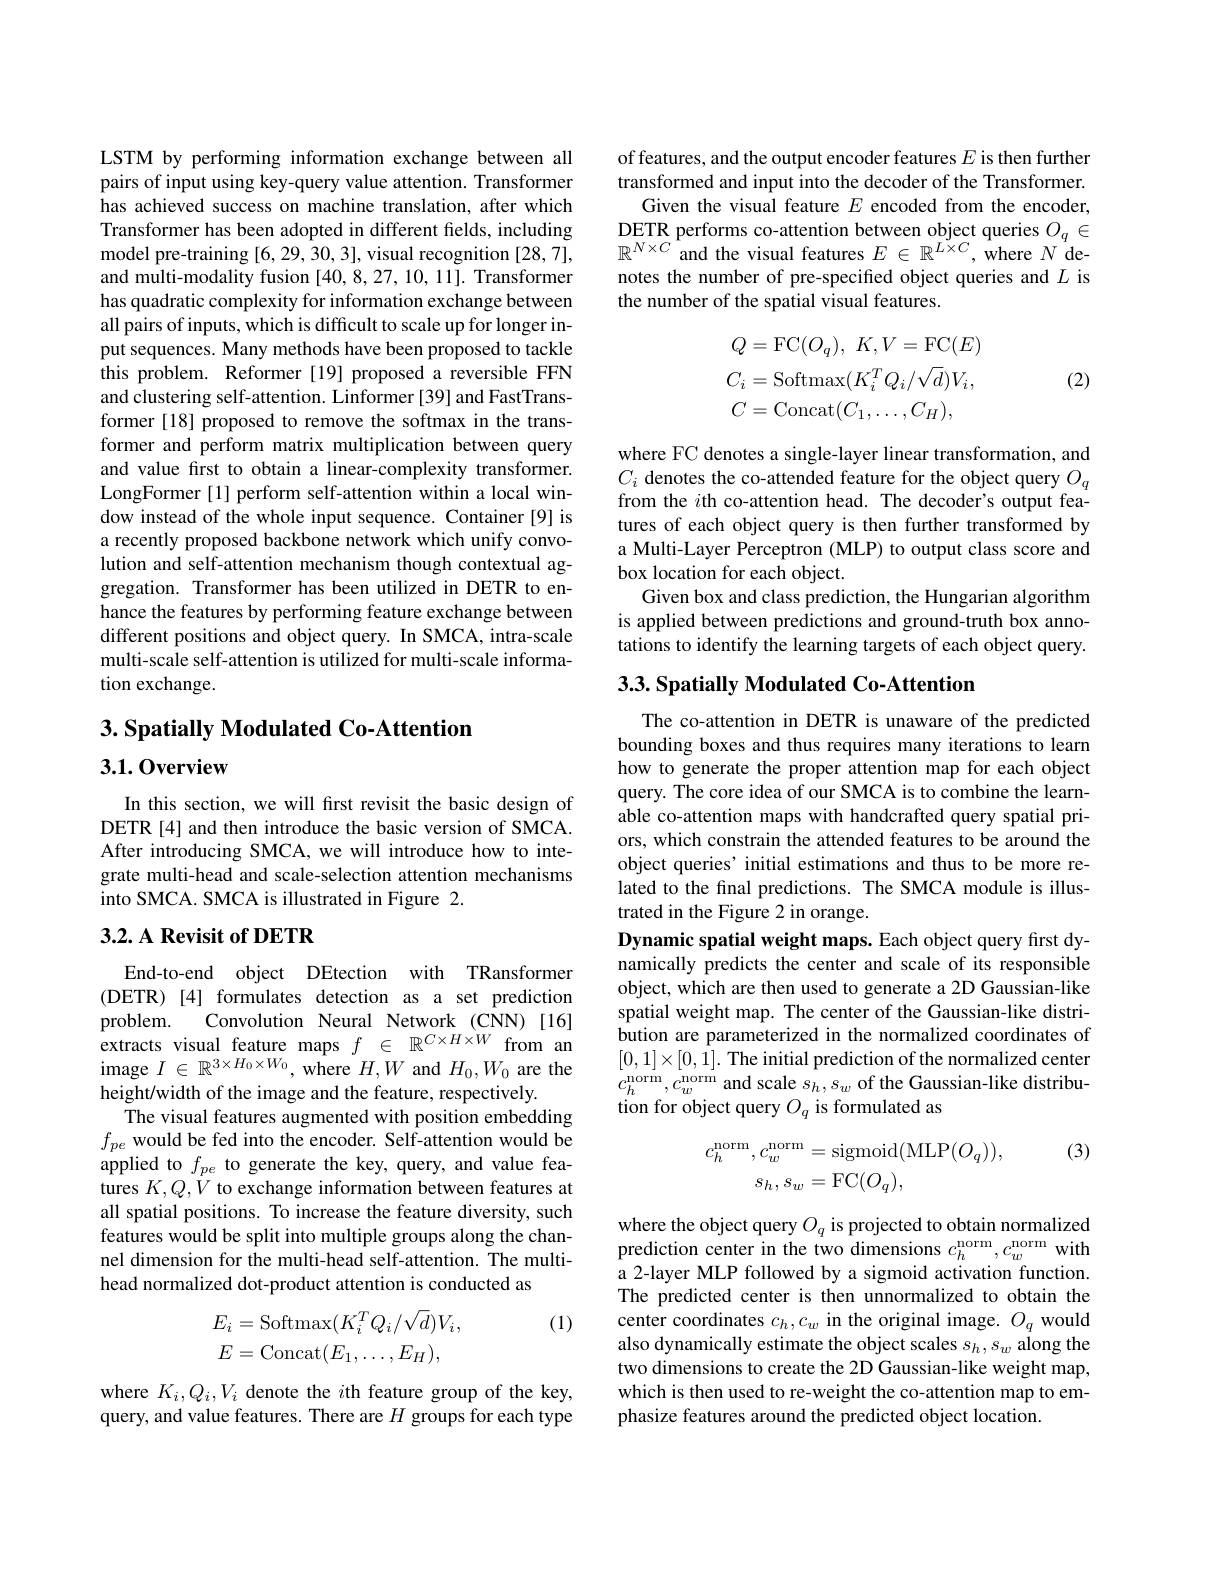
LSTM by performing information exchange between all pairs of input using key-query value attention. Transformer has achieved success on machine translation, after which Transformer has been adopted in different felds, including model pre-training [6,29,30,3], visual recognition [28,7], and multi-modality fusion [40,8,27,10,11]. Transformer has quadratic complexity for information exchange between all pairs of inputs, which is difficult to scale up for longer input sequences. Many methods have been proposed to tackle this problem. Reformer [19] proposed a reversible FFN and clustering self-attention. Linformer [39] and FastTransformer [18] proposed to remove the softmax in the transformer and perform matrix multiplication between query and value first to obtain a linear-complexity transformer. LongFormer [1] perform self-attention within a local window instead of the whole input sequence. Container [9] is a recently proposed backbone network which unify convolution and self-attention mechanism though contextual aggregation. Transformer has been utilized in DETR to enhance the features by performing feature exchange between different positions and object query. In SMCA, intra-scale multi-scale self-attention is utilized for multi-scale information exchange.

## $3. \textbf{ Spatially Modulated Co- Attention}$

3.1.0verview

In this section, we will first revisit the basic design of DETR[4] and then introduce the basic version of SMCA. After introducing SMCA, we will introduce how to integrate multi-head and scale-selection attention mechanisms into SMCA. SMCA is illustrated in Figure 2.

## 3.2. A Revisit of DETR

End-to-end object DEtection with TRansformer (DETR) [4] formulates detection as a set prediction
Convolution Neural Network (CNN)[16]
problem.
$\begin{array}{l}\text{extracts visual feature}&\mathrm{maps}\: f\:\in\:\mathbb{R}^{C\times H\times W}\:\mathrm{from}\:\mathrm{an}\\\text{image }I\:\in\:\mathbb{R}^{3\times H_0\times W_0},\mathrm{where}\:H,W\:\mathrm{and}\:H_0,W_0\:\mathrm{are}\:\mathrm{the}\end{array}$
height/width of the image and the feature, respectively
The visual features augmented with position embedding $f_{pe}$ would be fed into the encoder. Self-attention would be applied to $f_{pe}$ to generate the key, query, and value features $K,Q,V$ to exchange information between features at all spatial positions. To increase the feature diversity, such features would be split into multiple groups along the channel dimension for the multi-head self-attention. The multihead normalized dot-product attention is conducted as

(1)
$$\begin{aligned}E_i&=\mathrm{Softmax}(K_i^TQ_i/\sqrt{d})V_i,\\E&=\mathrm{Concat}(E_1,\dots,E_H),\end{aligned}$$
where $K_i,Q_i,V_i$ denote the $i$th feature group of the key, query, and value features. There are $H$ groups for each type

of features, and the output encoder features $E$ is then further transformed and input into the decoder of the Transformer.
Given the visual feature $E$ encoded from the encoder, $\underset{\mathbb{D}_{\mathbb{N}\times G}}{\operatorname*{\mathrm{DETR~performs~co-attention~between~object~queries~}}O_{q}\in}$ $\mathbb{R}^{N\times C}$ and the visual features $E\in\mathbb{R}^L\times C$, where $N^{\mathrm{~T}}$denotes the number of pre-specified object queries and $L$ is the number of the spatial visual features.
$$\begin{aligned}&Q=\mathrm{FC}(O_{q}),\:K,V=\mathrm{FC}(E)\\&C_{i}=\mathrm{Softmax}(K_{i}^{T}Q_{i}/\sqrt{d})V_{i},\\&C=\mathrm{Concat}(C_{1},\ldots,C_{H}),\end{aligned}$$
(2)

where FC denotes a single-layer linear transformation, and $C_i$ denotes the co-attended feature for the object query $O_q$ from the $i$th co-attention head. The decoder's output features of each object query is then further transformed by a Multi-Layer Perceptron (MLP) to output class score and box location for each object.
Given box and class prediction, the Hungarian algorithm is applied between predictions and ground-truth box annotations to identify the learning targets of each object query.

## 3.3. Spatially Modulated Co-Attention

The co-attention in DETR is unaware of the predicted bounding boxes and thus requires many iterations to learn how to generate the proper attention map for each object query. The core idea of our SMCA is to combine the learnable co-attention maps with handcrafted query spatial priors, which constrain the attended features to be around the object queries' initial estimations and thus to be more related to the final predictions. The SMCA module is illustrated in the Figure 2 in orange.
Dynamic spatial weight maps. Each object query first dynamically predicts the center and scale of its responsible object, which are then used to generate a 2D Gaussian-like spatial weight map. The center of the Gaussian-like distribution are parameterized in the normalized coordinates of $[0,1]\times[0,1].$ The initial prediction of the normalized center $c_{h}^{\mathrm{norm}},c_{w}^{\mathrm{norm}}$ and scale $s_h,s_{w}$ of the Gaussian-like distribution for object query $O_q$ is formulated as

(3)
$$\begin{aligned}c_{h}^{\mathrm{norm}},c_{w}^{\mathrm{norm}}&=\mathrm{sigmoid}(\mathrm{MLP}(O_{q})),\\s_{h},s_{w}&=\mathrm{FC}(O_{q}),\end{aligned}$$
where the object query $O_q$ is projected to obtain normalized prediction center in the two dimensions $c_h^\mathrm{norm},c_w^\mathrm{norm}$ with a 2-layer MLP followed by a sigmoid activation function. The predicted center is then unnormalized to obtain the center coordinates $c_h,c_w$ in the original image. $O_q$ would also dynamically estimate the object scales $s_h,s_w$ along the two dimensions to create the 2D Gaussian-like weight map, which is then used to re-weight the co-attention map to emphasize features around the predicted object location.